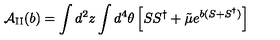
{ \cal A } _ { \mathrm { I I } } ( b ) = \int d ^ { 2 } z \int d ^ { 4 } \theta \left[ S S ^ { \dagger } + { \tilde { \mu } } e ^ { b ( S + S ^ { \dagger } ) } \right]